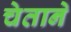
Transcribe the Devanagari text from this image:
चेताने